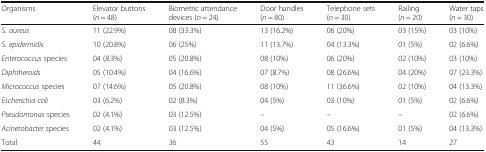
<table><thead><tr><td><b>Organisms</b></td><td><b>Elevator buttons (<i>n</i> = 48)</b></td><td><b>Biometric attendance devices (<i>n</i> = 24)</b></td><td><b>Door handles (<i>n</i> = 80)</b></td><td><b>Telephone sets (<i>n</i> = 30)</b></td><td><b>Railing (<i>n</i> = 20)</b></td><td><b>Water taps (<i>n</i> = 30)</b></td></tr></thead><tbody><tr><td><i>S. aureus</i></td><td>11 (22.9%)</td><td>08 (33.3%)</td><td>13 (16.2%)</td><td>06 (20%)</td><td>03 (15%)</td><td>03 (10%)</td></tr><tr><td><i>S. epidermidis</i></td><td>10 (20.8%)</td><td>06 (25%)</td><td>11 (13.7%)</td><td>04 (13.3%)</td><td>01 (5%)</td><td>02 (6.6%)</td></tr><tr><td><i>Enterococcus</i> species</td><td>04 (8.3%)</td><td>05 (20.8%)</td><td>08 (10%)</td><td>06 (20%)</td><td>02 (10%)</td><td>03 (10%)</td></tr><tr><td><i>Diphtheroids</i></td><td>05 (10.4%)</td><td>04 (16.6%)</td><td>07 (8.7%)</td><td>08 (26.6%)</td><td>04 (20%)</td><td>07 (23.3%)</td></tr><tr><td><i>Micrococcus</i> species</td><td>07 (14.6%)</td><td>05 (20.8%)</td><td>08 (10%)</td><td>11 (36.6%)</td><td>02 (10%)</td><td>04 (13.3%)</td></tr><tr><td><i>Escherichia coli</i></td><td>03 (6.2%)</td><td>02 (8.3%)</td><td>04 (5%)</td><td>03 (10%)</td><td>01 (5%)</td><td>02 (6.6%)</td></tr><tr><td><i>Pseudomonas</i> species</td><td>02 (4.1%)</td><td>03 (12.5%)</td><td>–</td><td>–</td><td>–</td><td>02 (6.6%)</td></tr><tr><td><i>Acinetobacter</i> species</td><td>02 (4.1%)</td><td>03 (12.5%)</td><td>04 (5%)</td><td>05 (16.6%)</td><td>01 (5%)</td><td>04 (13.3%)</td></tr><tr><td>Total</td><td>44</td><td>36</td><td>55</td><td>43</td><td>14</td><td>27</td></tr></tbody></table>